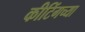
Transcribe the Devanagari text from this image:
कीटिंगच्या